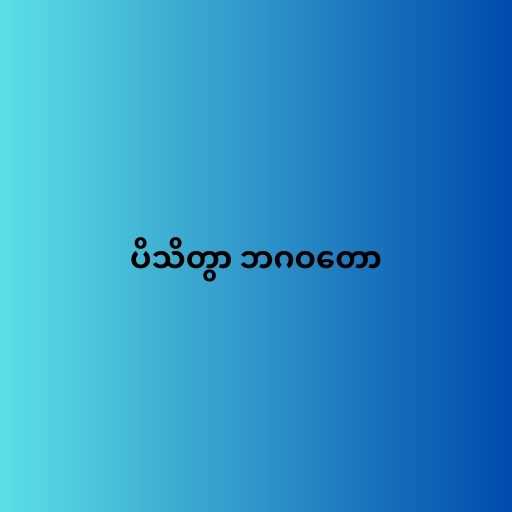
ပိသိတွာ ဘဂဝတော